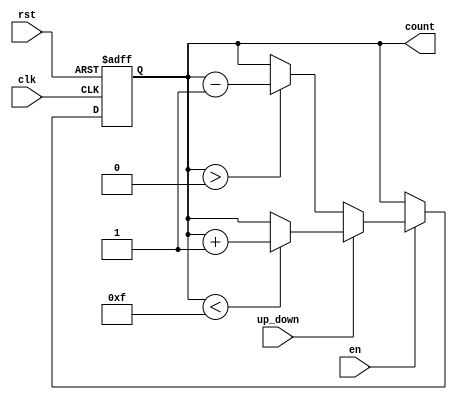
module up_down_counter #(
    parameter N = 4 // Parameter for the bit-width of the counter
)(
    input wire clk,          // Clock signal
    input wire rst,          // Asynchronous reset
    input wire en,           // Enable signal
    input wire up_down,      // Up/Down control signal
    output reg [N-1:0] count // n-bit output count
);

    // Asynchronous reset and counting logic
    always @(posedge clk or posedge rst) begin
        if (rst) begin
            count <= 0; // Reset the counter to 0
        end else if (en) begin
            if (up_down) begin
                // Count up
                if (count < (2**N - 1)) begin
                    count <= count + 1; // Increment count
                end
            end else begin
                // Count down
                if (count > 0) begin
                    count <= count - 1; // Decrement count
                end
            end
        end
    end

endmodule